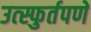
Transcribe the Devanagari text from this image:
उत्स्फुर्तपणे